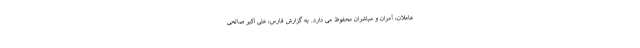
عاملان، آمران و مباشران محفوظ می دارد. به گزارش فارس، علی اکبر صالحی